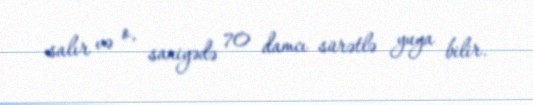
salır və o, saniyədə 70 damcı sürətlə yuya bilir.